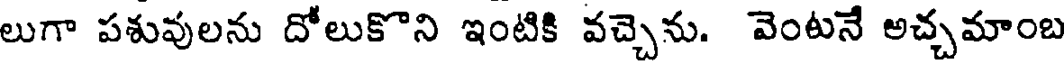
లుగా పశువులను దోలుకొని ఇంటికి వచ్చెను. వెంటనే అచ్చమాంబ